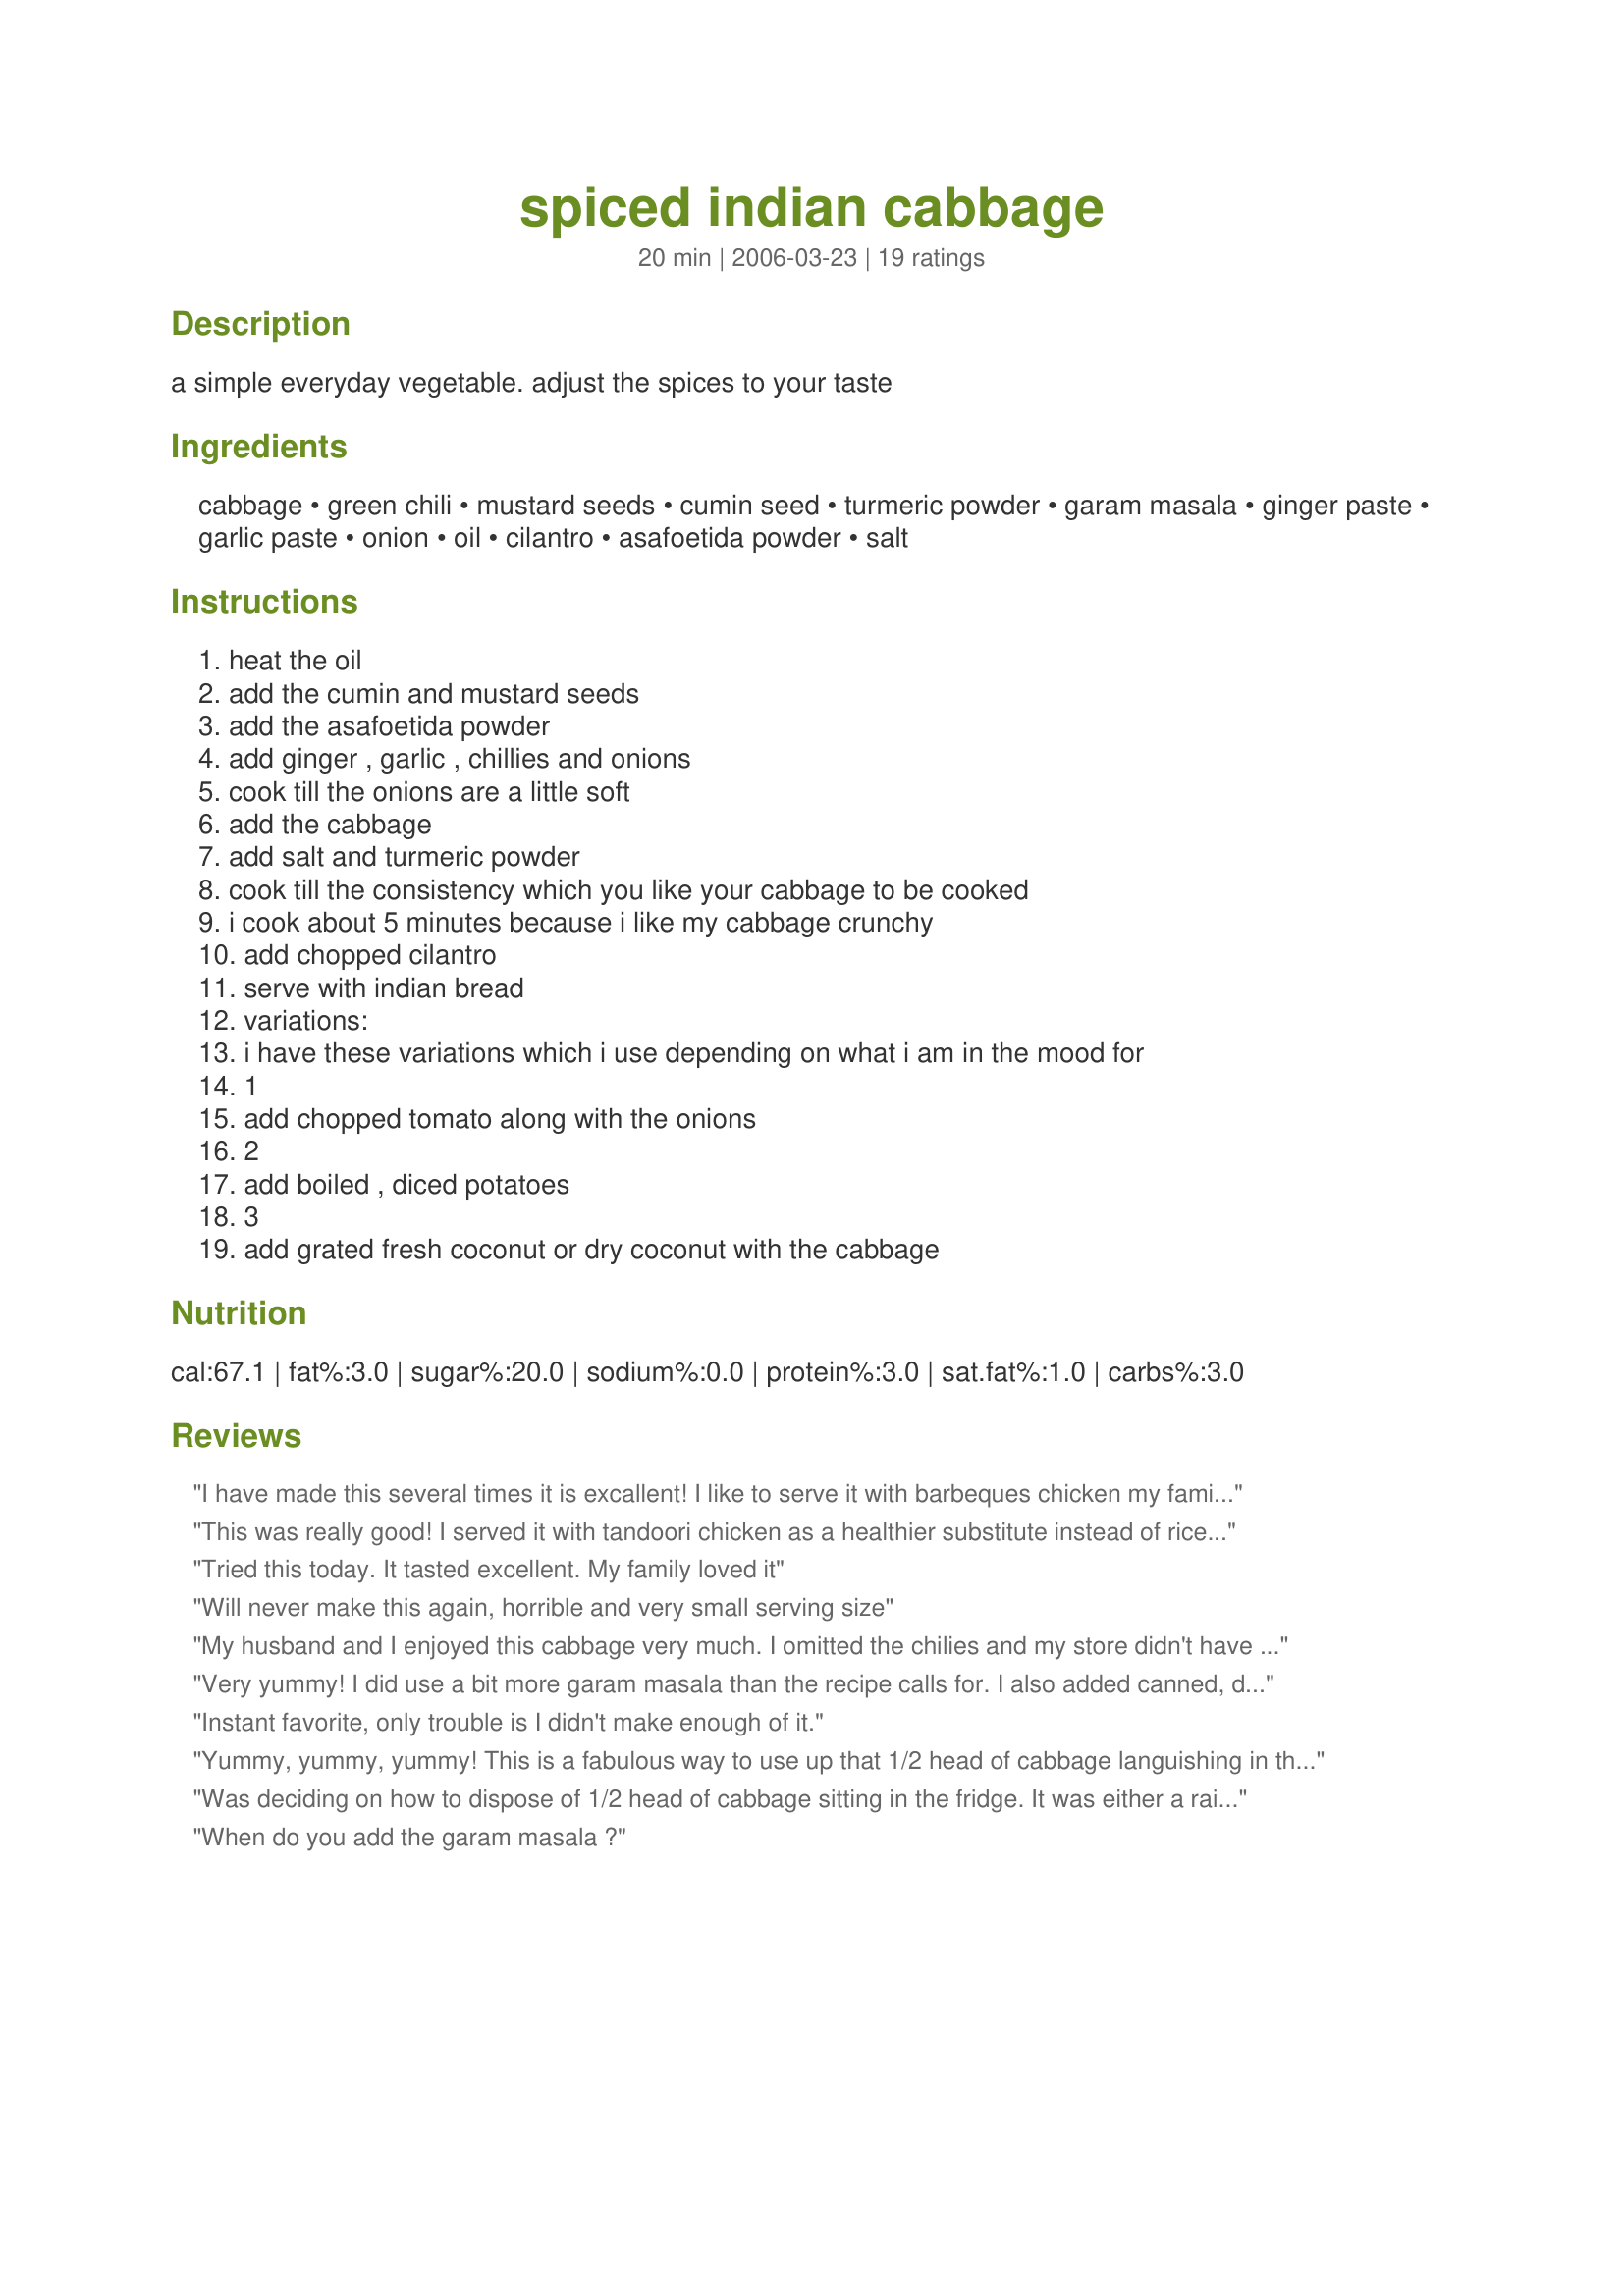
spiced indian cabbage
Preparation time: 20 minutes

a simple everyday vegetable. adjust the spices to your taste

Ingredients:
cabbage, green chili, mustard seeds, cumin seed, turmeric powder, garam masala, ginger paste, garlic paste, onion, oil, cilantro, asafoetida powder, salt

Steps:
heat the oil, add the cumin and mustard seeds, add the asafoetida powder, add ginger , garlic , chillies and onions, cook till the onions are a little soft, add the cabbage, add salt and turmeric powder, cook till the consistency which you like your cabbage to be cooked, i cook about 5 minutes because i like my cabbage crunchy, add chopped cilantro, serve with indian bread, variations:, i have these variations which i use depending on what i am in the mood for, 1, add chopped tomato along with the onions, 2, add boiled , diced potatoes, 3, add grated fresh coconut or dry coconut with the cabbage

Reviews:
I have made this several times it is excallent! I like to serve it with barbeques chicken my family loves it.
This was really good! I served it with tandoori chicken as a healthier substitute instead of rice. I really like the addition of cilantro. I also added water to cook the cabbage down a bit. I didn't have asafetida powder but I added a dash of cayenne because we like heat. I followed the cooking directions and there's no indication of when to add the garam masala. I added it in step 7. Thanks for posting such a wonderfully healthy recipe with great flavor!
Tried this today. It tasted excellent. My family loved it
Will never make this again, horrible and very small serving size
My husband and I enjoyed this cabbage very much. I omitted the chilies and my store didn't have asafetida powder, so I used a little more garam masala instead. I also couldn't find ginger paste or garlic paste, so I used 2 cloves of minced garlic and added 1/2 teaspoon dried ginger instead. Like another reviewer, I added water (about 1 cup), covered the skillet, and let the cabbage and spices steam for about 5 minutes. Thanks for a great addition to our meal.
Very yummy! I did use a bit more garam masala than the recipe calls for. I also added canned, diced tomatoes (drained), as well as the diced, boiled potatoes as suggested. With those additions, it works for a vegetarian one-dish meal!
Instant favorite, only trouble is I didn't make enough of it.
Yummy, yummy, yummy! This is a fabulous way to use up that 1/2 head of cabbage languishing in the veggie bin. So good!
Was deciding on how to dispose of 1/2 head of cabbage sitting in the fridge. It was either a raita or some other recipe I could find on the net. Am glad I bumped in this page and your recipe, because IT IS A KILLER!!!!. It going into my list of favourites. Few things I did different. Followed your variation of adding potatoes, added curry powder for heat and also water to juice up the dish.... Initially was kind of dry. <br/>Also, I once learned on a cook show, to blanch the cabbage to reduce the after effect "wind". As for garlic and ginger, my wife grinds up a big batch like using the food-processor and keeps it in the freezer, using as needed. Can keep for 2-3 months (she cooks every 2 days)
When do you add the garam masala ?
Oooh, this was SO good and so like my favorite place for Indian lunch near our home. I could eat this for breakfast, lunch and dinner... easily. A perfect balance of flavors. My only changes were in the pepper department; I used 1/2 a jalapeno and 4 Japanese chiles. PERFECT! Thank you for posting this, Sana... it's now in my ~Encore~ cookbook!
This recipe was just wonderful, and your spice mixture was spot on. I especially liked the fact that there was very little oil in the preparation. In a dish like this, I too prefer my cabbage cooked down a bit, so I added about 3/4 cup of water to the skillet and covered it to let the mixture steam a bit. This turned out every bit as good as my favorite local Indian restaurant, and I can't wait to try your variations on the recipe. Thank you Sana for sharing the recipe.
Absolutely fantastic! We found this recipe to use for an Indian New Years Eve Buffet style dinner we were hosting this past New Years we were hosting at our home. It was by far the biggest hit of our dinner and not a piece left at the end - everyone asked for the recipe. We now make this a couple times a month as a side dish for family dinners and double or triple the recipe so there are a good amount of leftover - as this tastes even more amazing the next day. Great alone or picked up and eaten in some fresh naan bread.
So healthy and low calorie and low fat, yet very rich tasting and satisfying. Just the right undertone of heat. I did add a bit of water and cover the cabbage and let it cook almost ten minutes. It was then a combination of soft and crispy--just right. I did not have asafetida powder (Indian saffron is another name for it) and added a bit of extra turmeric at the end. I also added some grated coconut--an excellent addition. The fresh cilantro gives the whole dish a very bright flavor.
I will make this again, I also added 1/2 water and cooked it down as the other reviews suggested. I added the potato and like it this way alot. I used coconut oil and had to substitute some of the spices as I did not have any "paste" I used powder. Did not have Asafetida powder. Even with all the substitutions it was a good tasty dish. I gave it 5 stars because I liked the way it turned out. I am not sure how it would have been had I had all the ingredients and made it as written but I am sure it also would be 5 stars. One thing more, It is a stretch to say it serves 4 even as a side dish. If someone is serving 4 they better double the recipe in my opinion.
simple and tasty!! i subbed onion powder for the asafetida, and it worked out just fine! had to add a touch of water for cabbage to cook down. was very tasty! you can also add cauliflower, broccoili, etc for variations!
This is probably the best thing I have ever made. I tasted a bit at the end just to see if it needed anything and ended up consuming most it while it was still cooking. I doubled up on all the spices. I used some of the leftover cabbage in an omelet and it was great.
This recipe is great! I have made it a few times since we love cabbage. I do omit the chile, mustard (allergy), and replace asafoetida with a dash of cayenne to make up for the chile. I use 1/4t salt, 2-4 garlic cloves, and have used 1/2t ground ginger and it tastes the same. Very flexible recipe. Thank you.
Nice vegetarian dish,very refreshing and full of flavor. Thank you.
